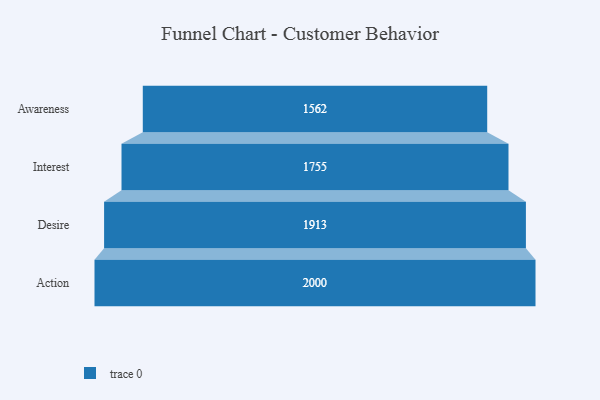
{"axis": {"x": "Stage", "y": "Value"}, "legend": [""], "data": [{"x": "Awareness", "y": 1562.0, "type": ""}, {"x": "Interest", "y": 1755.0, "type": ""}, {"x": "Desire", "y": 1913.0, "type": ""}, {"x": "Action", "y": 2000, "type": ""}]}